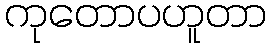
ကုတောပဟူတာ